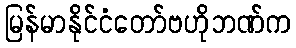
မြန်မာနိုင်ငံတော်ဗဟိုဘဏ်က